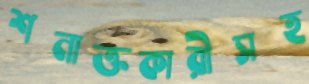
শনাক্তকারীসহ